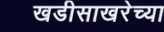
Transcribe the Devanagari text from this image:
खडीसाखरेच्या